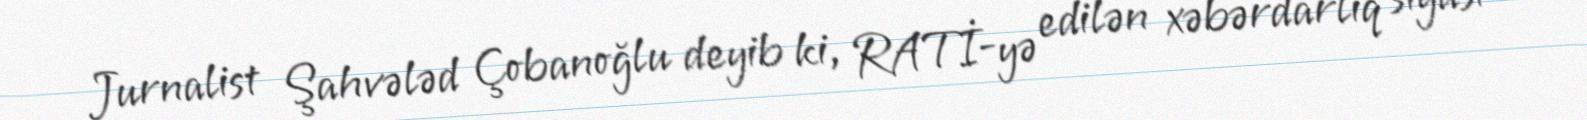
Jurnalist Şahvələd Çobanoğlu deyib ki, RATİ-yə edilən xəbərdarlıq siyasi